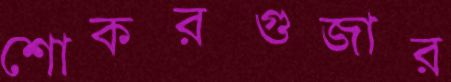
শোকরগুজার